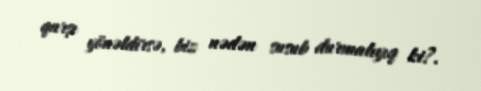
qarşı yönəldirsə, biz nədən susub durmalıyıq ki?.